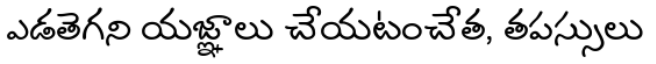
ఎడతెగని యజ్ఞాలు చేయటంచేత, తపస్సులు